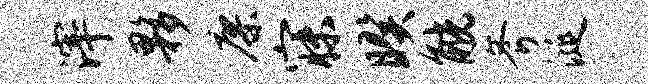
滓夥廖寐暌觥斧涎